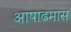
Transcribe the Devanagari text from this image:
आषाढमास